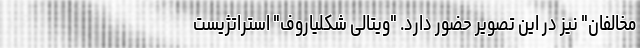
مخالفان" نیز در این تصویر حضور دارد. "ویتالی شکلیاروف" استراتژیست